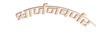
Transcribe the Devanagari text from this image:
श्वार्जनबर्जर